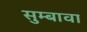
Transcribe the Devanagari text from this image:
सुम्बावा